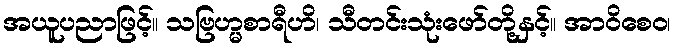
အယူပညာဖြင့်။ သဗြဟ္မစာရီဟိ၊ သီတင်းသုံးဖော်တို့နှင့်။ အာဝိစေဝ၊